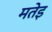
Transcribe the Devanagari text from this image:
मतेइ